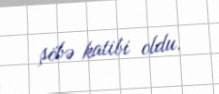
şöbə katibi oldu.